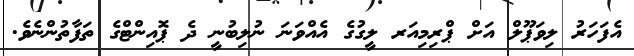
އެފަހަރު ލިވަޕޫލް އަށް ޕްރިމިއަރ ލީގުގެ އެއްވަނަ ނުލިބުނީ ދެ ޕޮއިންޓްގެ ތަފާތުންނެވެ.